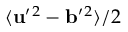
\langle { { \bf { u } } ^ { \prime } { } ^ { 2 } - { \bf { b } } ^ { \prime } { } ^ { 2 } } \rangle / 2